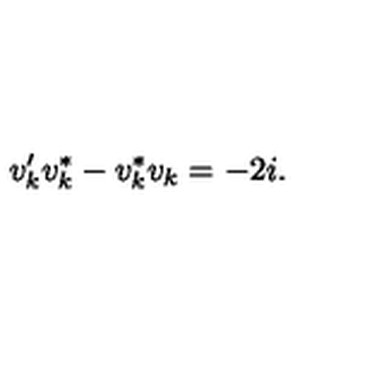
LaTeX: v _ { k } ^ { \prime } v _ { k } ^ { * } - v _ { k } ^ { * } v _ { k } = - 2 i .